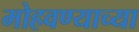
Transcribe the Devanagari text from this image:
मोहवण्याच्या